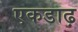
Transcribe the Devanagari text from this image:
एकडाढ़